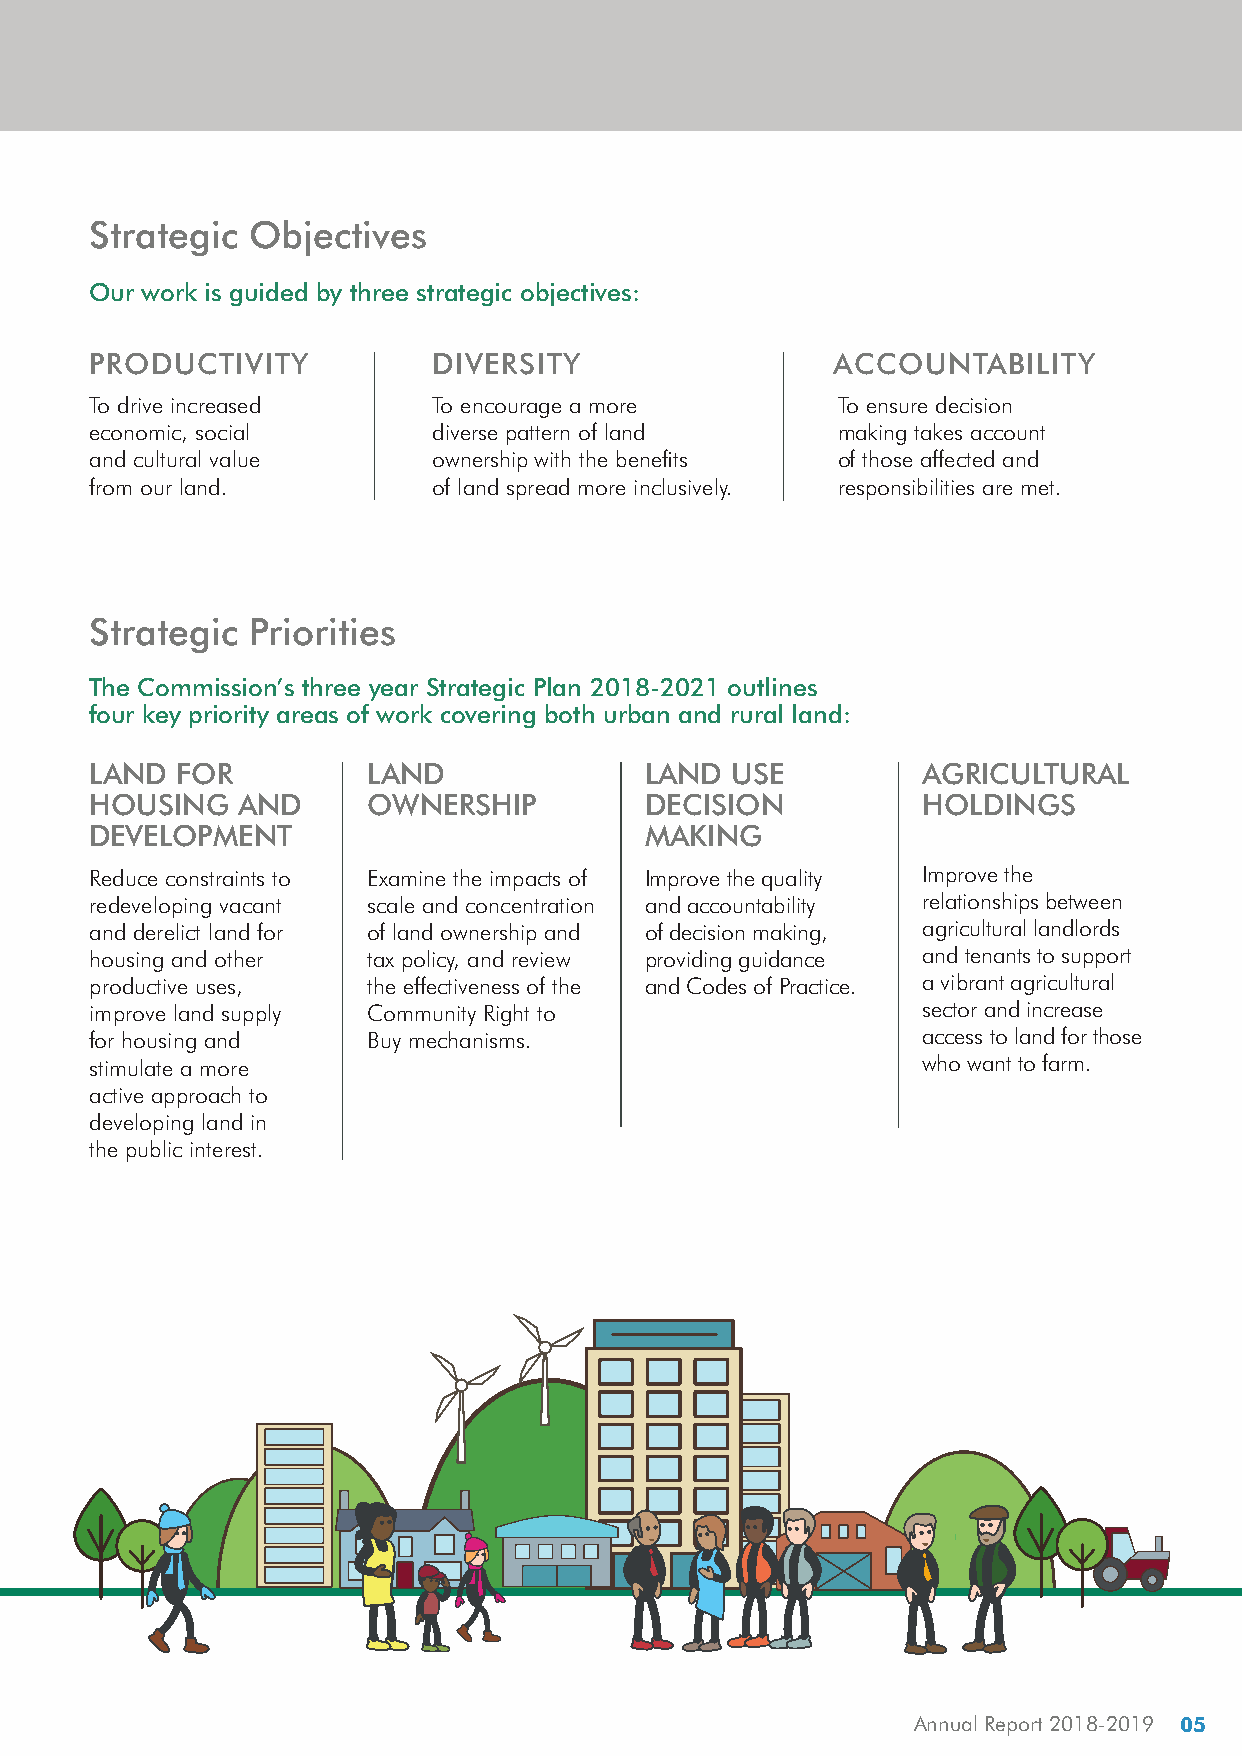
Overview
 Strategic  Objectives
 Our work is guided by three strategic objectives:
 PRODUCTIVITY           DIVERSITY                 ACCOUNTABILITY
 To drive increased     To encourage a more        To ensure decision
 economic, social       diverse pattern of land    making takes account
 and cultural value     ownership with the benefits of those affected and
 from our land.         of land spread more inclusively. responsibilities are met.
 Strategic  Priorities
 The Commission’s three year Strategic Plan 2018-2021 outlines
 four key priority areas of work covering both urban and rural land:
 LAND  FOR         LAND               LAND  USE         AGRICULTURAL
 HOUSING   AND     OWNERSHIP          DECISION          HOLDINGS
 DEVELOPMENT                          MAKING
 Reduce constraints to Examine the impacts of Improve the quality Improve the
 redeveloping vacant scale and concentration and accountability relationships between
 and derelict land for of land ownership and of decision making, agricultural landlords
 housing and other tax policy, and review providing guidance and tenants to support
 productive uses,  the effectiveness of the and Codes of Practice. a vibrant agricultural
 improve land supply Community Right to                 sector and increase
 for housing and   Buy mechanisms.                      access to land for those
 stimulate a more                                       who want to farm.
 active approach to
 developing land in
 the public interest.
 Annual Report 2018-2019 05